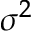
\sigma ^ { 2 }